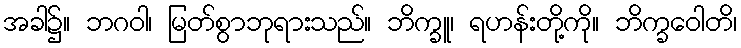
အခါ၌။ ဘဂဝါ၊ မြတ်စွာဘုရားသည်။ ဘိက္ခူ၊ ရဟန်းတို့ကို။ ဘိက္ခဝေါတိ၊